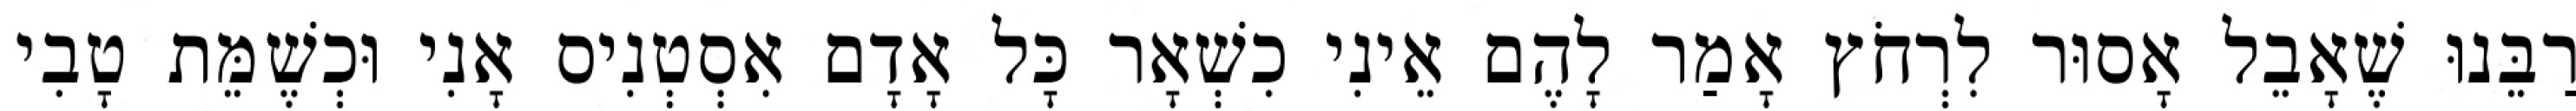
רַבֵּנוּ שֶׁאָבֵל אָסוּר לִרְחֹץ אָמַר לָהֶם אֵינִי כִשְׁאָר כָּל אָדָם אִסְטְנִיס אָנִי וּכְשֶׁמֵּת טָבִי